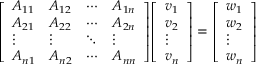
{ \left[ \begin{array} { l l l l } { A _ { 1 1 } } & { A _ { 1 2 } } & { \cdots } & { A _ { 1 n } } \\ { A _ { 2 1 } } & { A _ { 2 2 } } & { \cdots } & { A _ { 2 n } } \\ { \vdots } & { \vdots } & { \ddots } & { \vdots } \\ { A _ { n 1 } } & { A _ { n 2 } } & { \cdots } & { A _ { n n } } \end{array} \right] } { \left[ \begin{array} { l } { v _ { 1 } } \\ { v _ { 2 } } \\ { \vdots } \\ { v _ { n } } \end{array} \right] } = { \left[ \begin{array} { l } { w _ { 1 } } \\ { w _ { 2 } } \\ { \vdots } \\ { w _ { n } } \end{array} \right] }